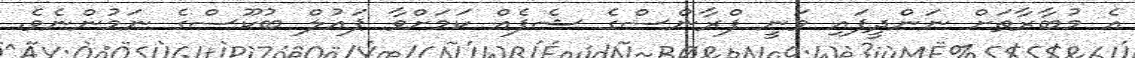
އެ މުބާރާތަށް ނަންދީފައި ވަނީ ފްރާންސްގެ ޝެފެއް ކަމަށްވާ ޕައުލް ބުކޫސްގެ ނަމުންނެވެ.